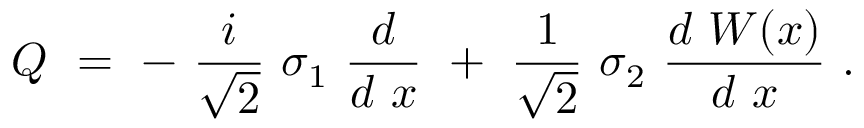
{ \cal Q } ~ = ~ - ~ { \frac { i } { \sqrt { 2 } } } ~ \sigma _ { 1 } ~ { \frac { d } { d ~ x } } ~ + ~ { \frac { 1 } { \sqrt { 2 } } } ~ \sigma _ { 2 } ~ { \frac { d ~ W ( x ) } { d ~ x } } ~ .